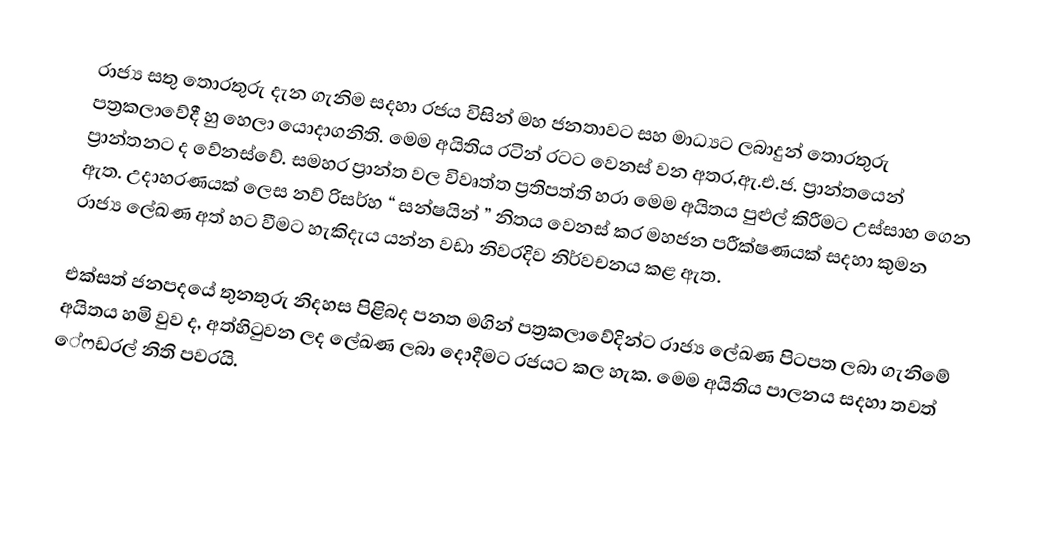
රාජ්‍ය සතු තොරතුරු දැන ගැනිම සදහා රජය විසින් මහ ජනතාවට සහ මාධ්‍යට ලබාදුන් තොරතුරු පත්‍රකලාවේදී හු හෙලා යොදාගනිති.  මෙම අයිතිය රටින් රටට වෙනස් වන අතර,ඇ.එ.ජ. ප්‍රාන්තයෙන් ප්‍රාන්තනට ද වේනස්වේ. සමහර ප්‍රාන්ත වල විවෘත්ත ප්‍රතිපත්ති හරා මෙම අයිතය පුළුල් කිරීමට උස්සාහ ගෙන ඇත.  උදාහරණයක් ලෙස නව් රිසර්හ “ සන්ෂයින් ” නිතය වෙනස් කර මහජන පරීක්ෂණයක් සදහා කුමන රාජ්‍ය ලේඛණ අත් හට වීමට හැකිදැය යන්න වඩා නිවරදිව නිර්වචනය කළ ඇත.

එක්සත් ජනපදයේ තුනතුරු නිදහස පිළිබද පනත මගින්  පත්‍රකලාවේදින්ට රාජ්‍ය ලේඛණ පිටපත ලබා ගැනිමේ අයිතය හමි වුව ද, අත්හිටුවන ලද ලේඛණ ලබා දොදීමට රජයට කල හැක. මෙම අයිතිය පාලනය සදහා තවත්  ේ‍ෆඩරල් නිති පවරයි.